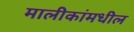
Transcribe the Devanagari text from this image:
मालीकांमधील